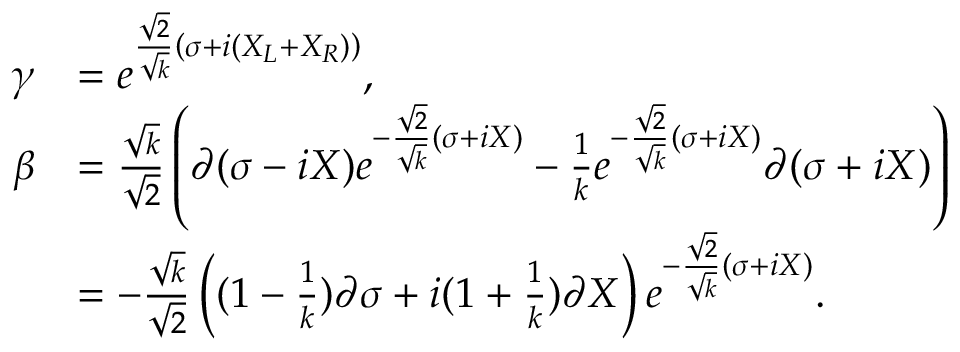
\begin{array} { r l } { \gamma } & { = e ^ { \frac { \sqrt { 2 } } { \sqrt { k } } \left( \sigma + i ( X _ { L } + X _ { R } ) \right) } , } \\ { \beta } & { = \frac { \sqrt { k } } { { \sqrt { 2 } } } \left( \partial ( \sigma - i X ) e ^ { - \frac { \sqrt { 2 } } { \sqrt { k } } ( \sigma + i X ) } - \frac 1 k e ^ { - \frac { \sqrt { 2 } } { \sqrt { k } } \left( \sigma + i X \right) } \partial ( \sigma + i X ) \right) } \\ & { = - \frac { \sqrt { k } } { \sqrt { 2 } } \left( ( 1 - \frac 1 k ) \partial \sigma + i ( 1 + \frac 1 k ) \partial X \right) e ^ { - \frac { \sqrt { 2 } } { \sqrt { k } } \left( \sigma + i X \right) } . } \end{array}